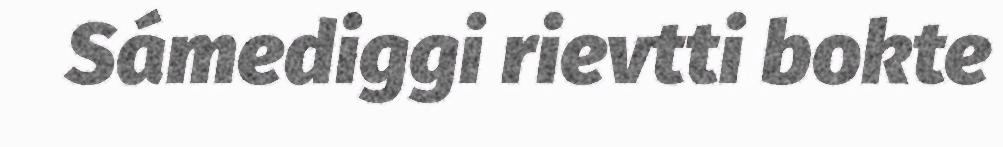
Sámediggi rievtti bokte